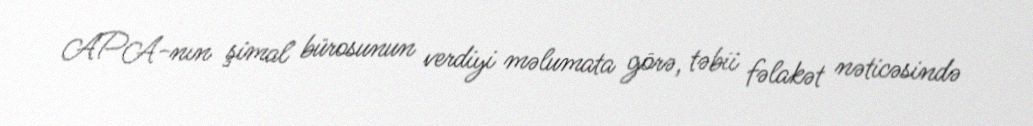
APA-nın şimal bürosunun verdiyi məlumata görə, təbii fəlakət nəticəsində